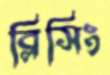
ব্লিসিং